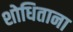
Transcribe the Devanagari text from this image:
शोधिताना